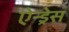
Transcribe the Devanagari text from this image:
ऐन्‍ड्रेस